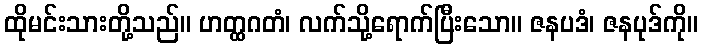
ထိုမင်းသားတို့သည်။ ဟတ္ထဂတံ၊ လက်သို့ရောက်ပြီးသော။ ဇနပဒံ၊ ဇနပုဒ်ကို။